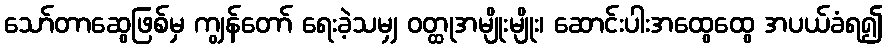
သော်တာဆွေဖြစ်မှ ကျွန်တော် ရေးခဲ့သမျှ ဝတ္ထုအမျိုးမျိုး၊ ဆောင်းပါးအထွေထွေ အပယ်ခံရ၍